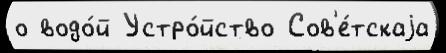
о водо́й Устро́йство Сов'е́тскаjа